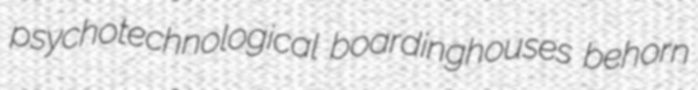
psychotechnological boardinghouses behorn